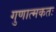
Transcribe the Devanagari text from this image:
गुणात्मकतः